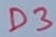
Text: D3